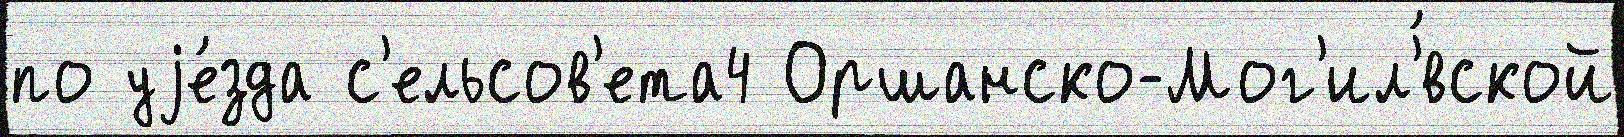
по уjе́зда с'ельсов'ета4 Оршанско-Мог'ил'́вской